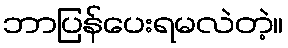
ဘာပြန်ပေးရမလဲတဲ့။